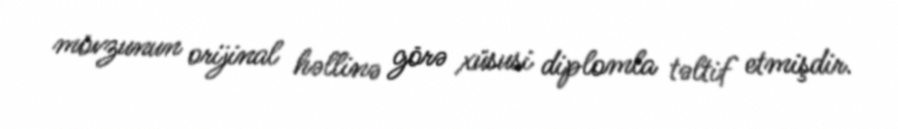
mövzunun orijinal həllinə görə xüsusi diplomla təltif etmişdir.